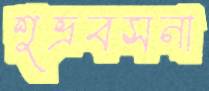
শুভ্রবসনা